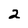
Character: 2